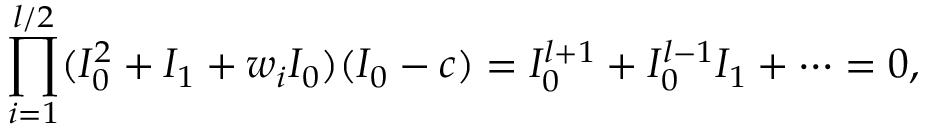
\prod _ { i = 1 } ^ { l / 2 } ( I _ { 0 } ^ { 2 } + I _ { 1 } + w _ { i } I _ { 0 } ) ( I _ { 0 } - c ) = I _ { 0 } ^ { l + 1 } + I _ { 0 } ^ { l - 1 } I _ { 1 } + \cdots = 0 ,